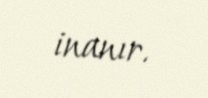
inanır.